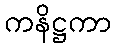
ကနိဋ္ဌကာ